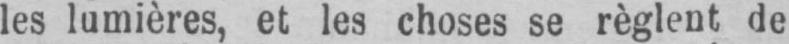
les lumières, et les choses se règlent de